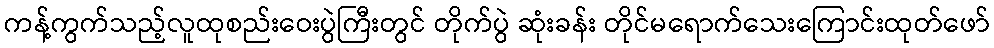
ကန့်ကွက်သည့်လူထုစည်းဝေးပွဲကြီးတွင် တိုက်ပွဲ ဆုံးခန်း တိုင်မရောက်သေးကြောင်းထုတ်ဖော်